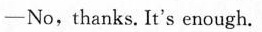
—No, thanks. It's enough.